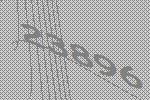
23896